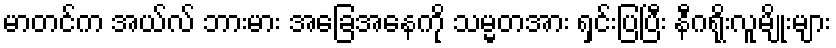
မာတင်က အယ်လ် ဘားမား အခြေအနေကို သမ္မတအား ရှင်းပြပြီး နီဂရိုးလူမျိုးများ